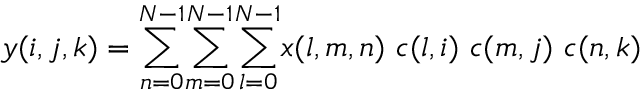
y ( i , j , k ) = \overset { N - 1 } { \underset { n = 0 } { \sum } } \overset { N - 1 } { \underset { m = 0 } { \sum } } \overset { N - 1 } { \underset { l = 0 } { \sum } } x ( l , m , n ) \ c ( l , i ) \ c ( m , j ) \ c ( n , k )